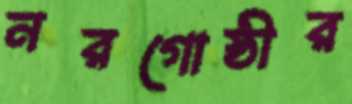
নরগোষ্ঠীর